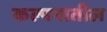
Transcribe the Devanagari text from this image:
कल्पनातील